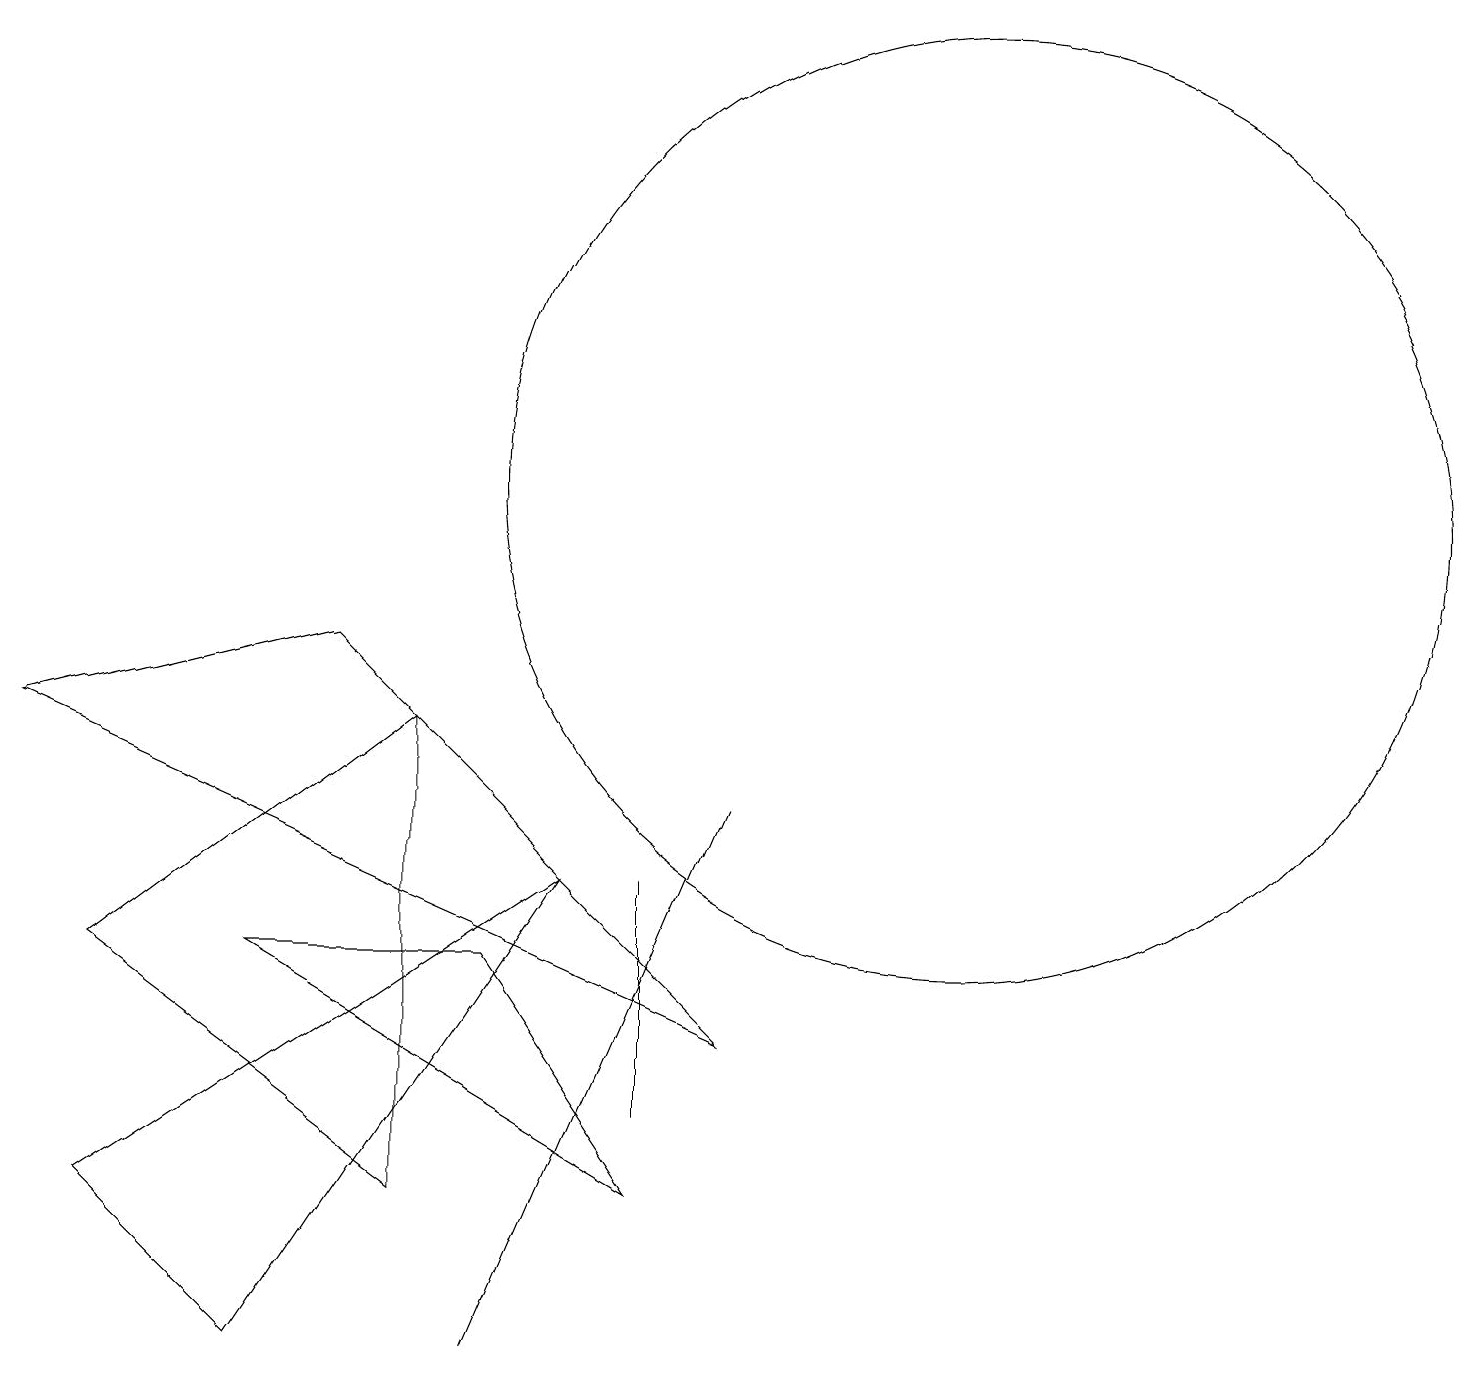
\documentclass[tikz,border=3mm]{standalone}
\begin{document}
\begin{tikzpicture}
\draw (6,0) -- (9,7) -- (6,0) -- cycle;
\draw (12,11) circle (6);
\draw (8,3) -- (8,6) -- (8,4) -- cycle;
\draw (0,8) -- (9,4) -- (4,9) -- cycle;
\draw (1,2) -- (3,0) -- (7,6) -- cycle;
\draw (12,12) circle (0);
\draw (6,5) -- (8,2) -- (3,5) -- cycle;
\draw (5,2) -- (1,5) -- (5,8) -- cycle;
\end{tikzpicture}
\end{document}